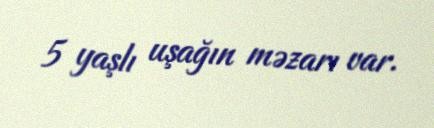
5 yaşlı uşağın məzarı var.